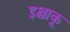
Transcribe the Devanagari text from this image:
इश्चाकू